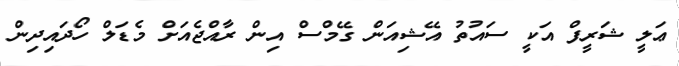
ޢަލީ ޝަރީފް އަކީ ސައުތު އޭޝިއަން ގޭމްސް އިން ރާއްޖެއަށް މެޑަލް ހޯދައިދިން